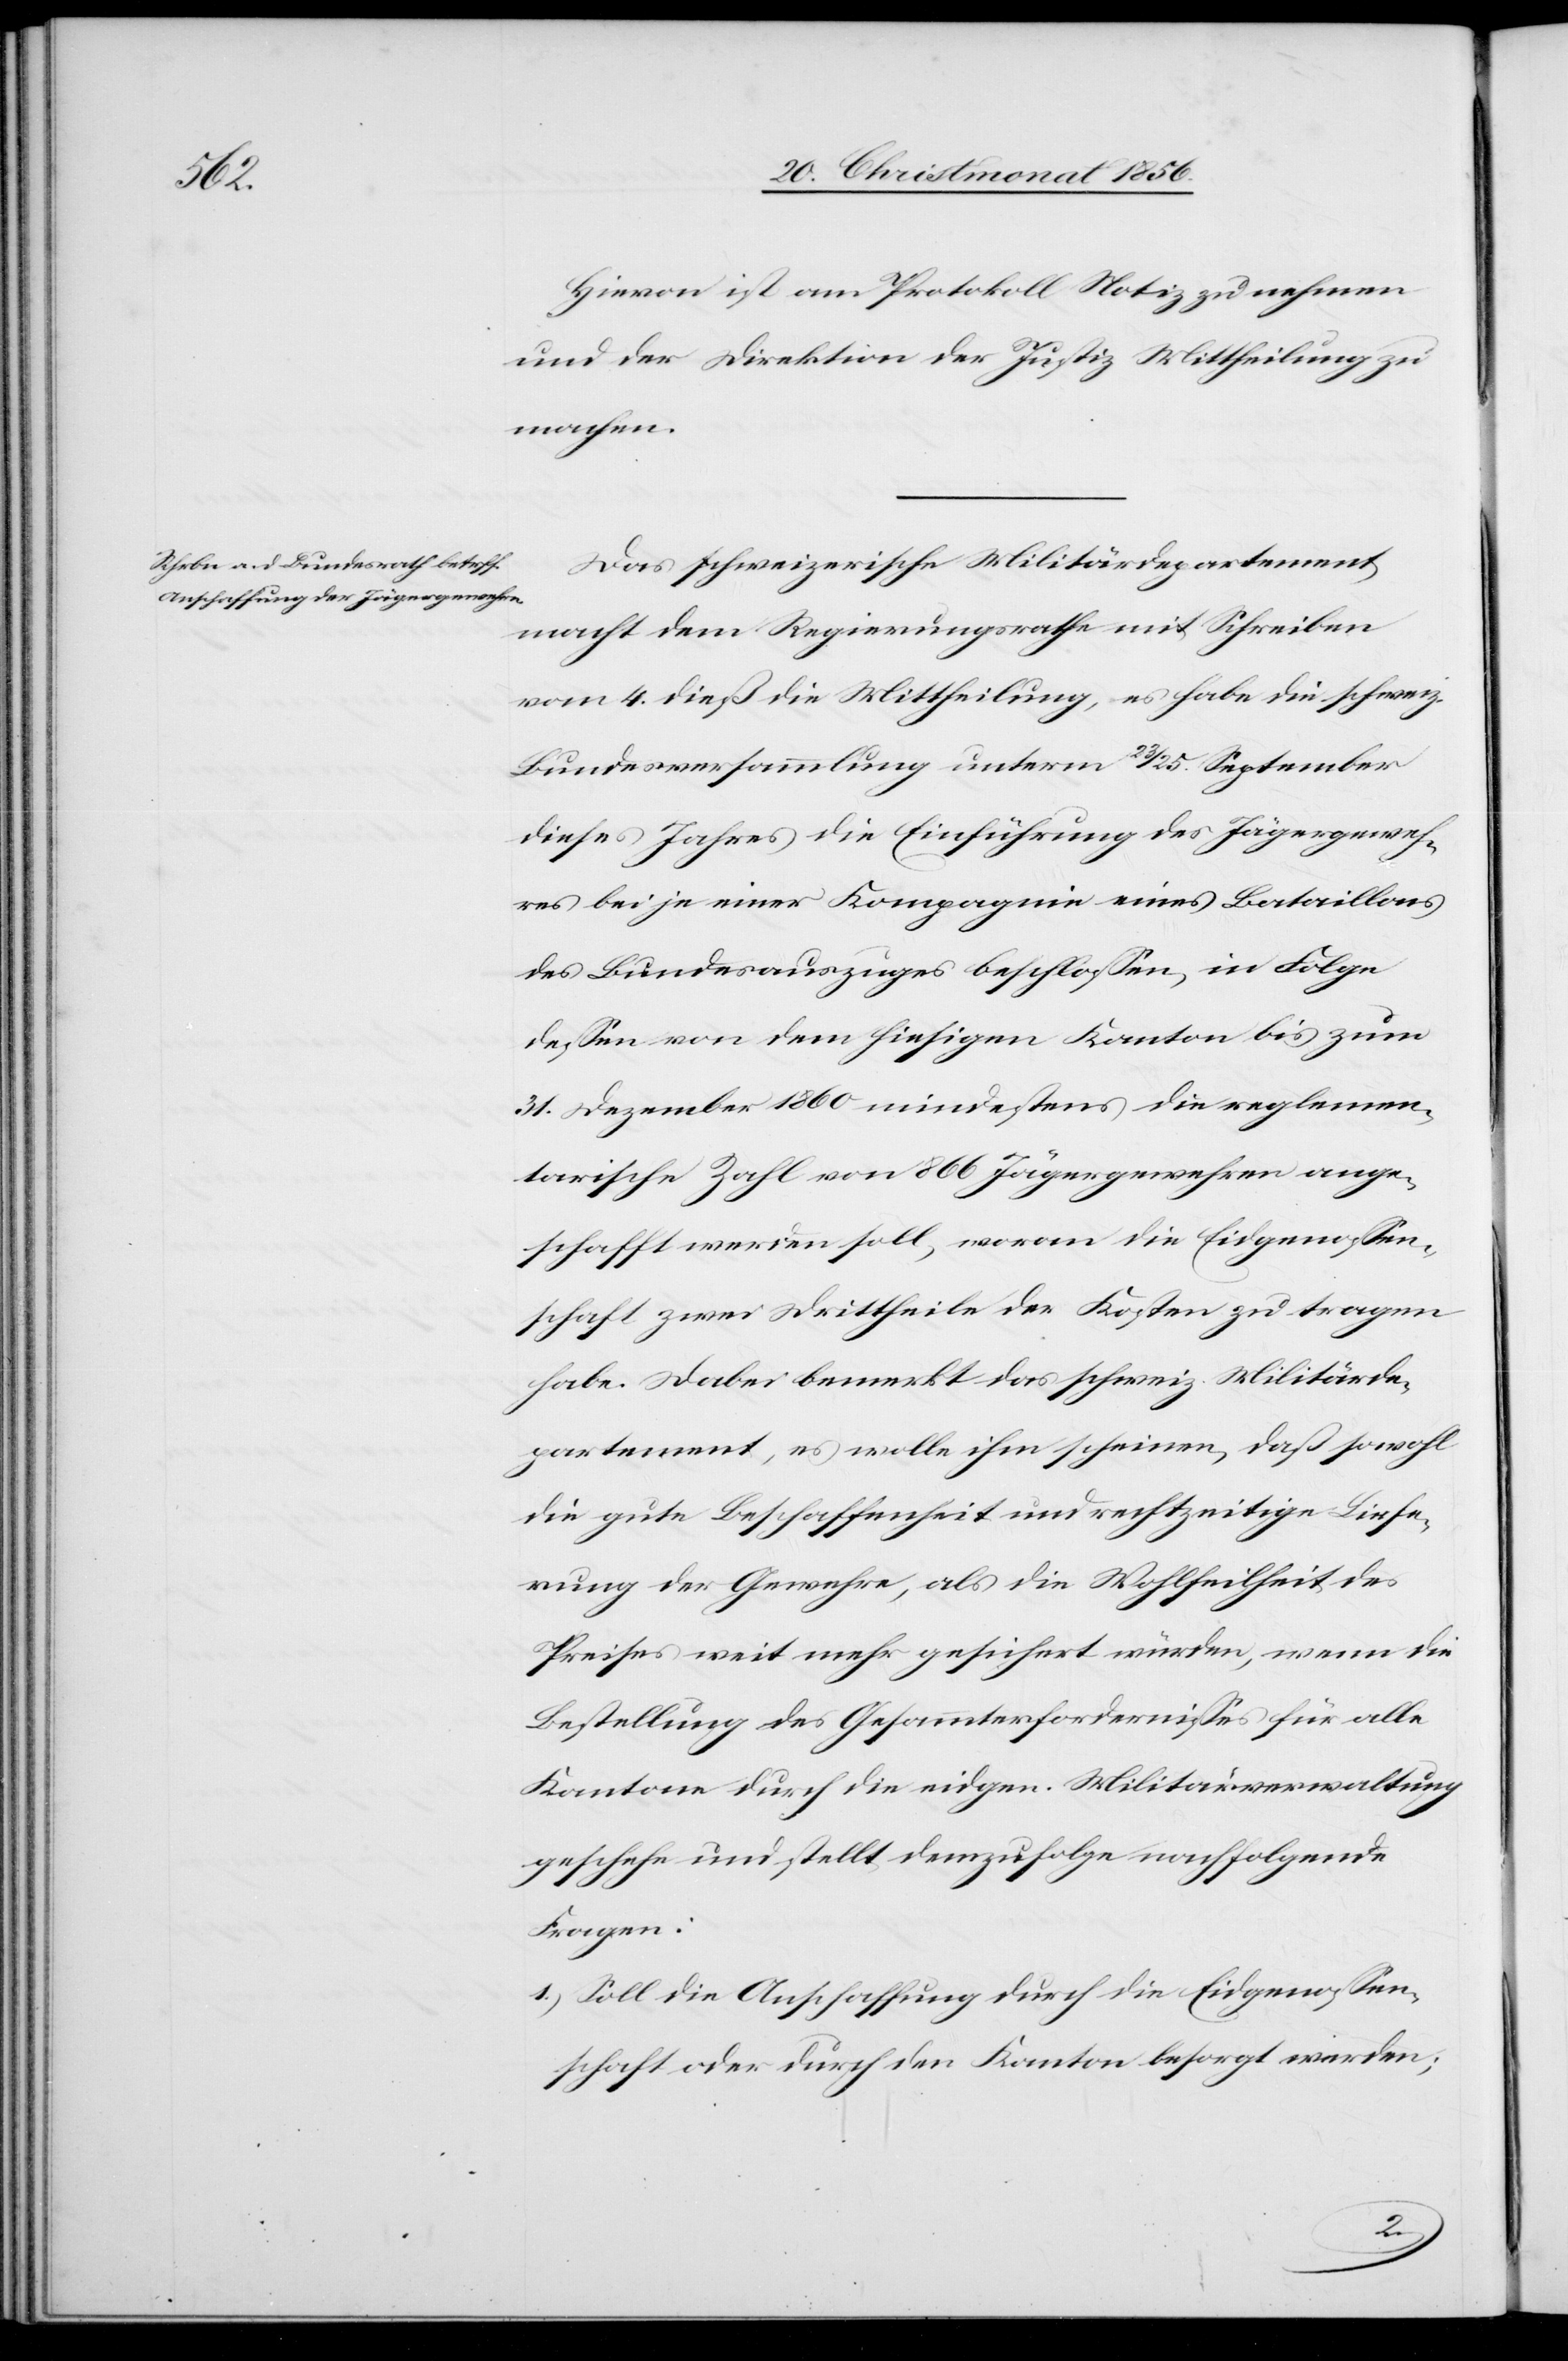
Hievon ist am Protokoll Notiz zu nehmen
und der Direktion der Justiz Mittheilung zu
machen.
Das schweizerische Militärdepartement
macht dem Regierungsrathe mit Schreiben
vom 4. dieß die Mittheilung, es habe die schweiz.
Bundesversammlung unterm 23/25. September
dieses Jahres die Einführung des Jägergeweh¬
res bei je einer Kompagnie eines Bataillons
des Bundesauszuges beschlossen, in Folge
dessen von dem hiesigen Kanton bis zum
31. Dezember 1860 mindestens die reglemen¬
tarische Zahl von 866 Jägergewehren ange¬
schafft werden soll, woran die Eidgenossen¬
schaft zwei Drittheile der Kosten zu tragen
habe. Dabei bemerkt das schweiz. Militärde¬
partement, es wolle ihm scheinen, daß sowohl
die gute Beschaffenheit und rechtzeitige Liefe¬
rung der Gewehre, als die Wohlfeilheit des
Preises weit mehr gesichert würden, wenn die
Bestellung des Gesammterfordernisses für alle
Kantone durch die eidgen. Militärverwaltung
geschehe und stellt demzufolge nachfolgende
Fragen:
1.) Soll die Anschaffung durch die Eidgenossen¬
schaft oder durch den Kanton besorgt werden;